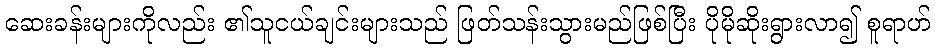
ဆေးခန်းများကိုလည်း ၏သူငယ်ချင်းများသည် ဖြတ်သန်းသွားမည်ဖြစ်ပြီး ပိုမိုဆိုးရွားလာ၍ စူရာဟ်